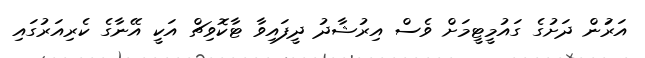
އަރަުން ދަށުގެ ގައުމީޓީމަށް ވެސް އިރުޝާދު ދީފައިވާ ޓާކޮވިޗް އަކީ އޭނާގެ ކެރިއަރުގައި